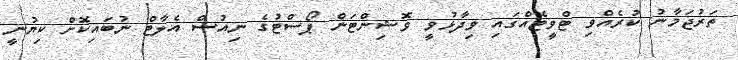
ތަރުޖަމާނު ކުރެއްވި ޓްވީޓެއްގައި ވިދާޅުވީ ވޮޝިންޓަން ޕޯސްޓުގެ ނިއުސް އެލާޓް ނުބައިކޮށް ކިޔުނީ